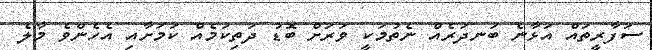
ސަފާރީތައް އަޅާނެ ބަނދަރެއް ނެތުމަކީ ވަރަށް ބޮޑު ދަތިކަމެއް ކަމަށާއި އެހެންވެ މާލެ